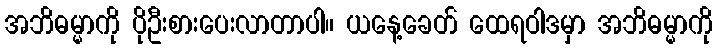
အဘိဓမ္မာကို ပိုဦးစားပေးလာတာပါ။ ယနေ့ခေတ် ထေရဝါဒမှာ အဘိဓမ္မာကို